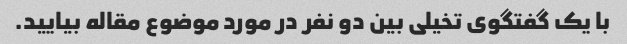
با یک گفتگوی تخیلی بین دو نفر در مورد موضوع مقاله بیایید.